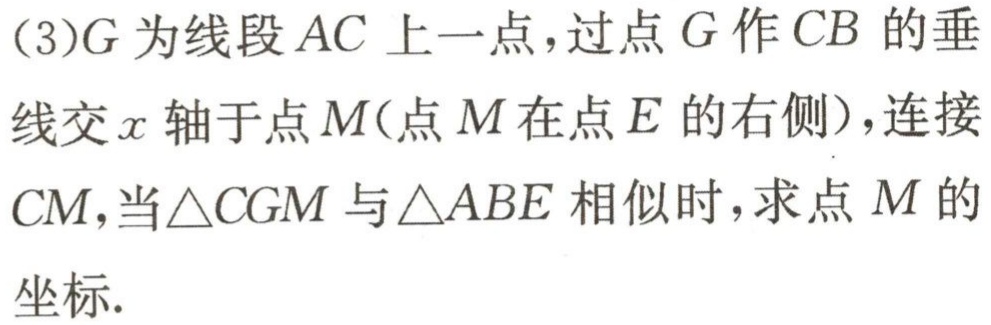
(3)\(G\)为线段\(AC\)上一点，过点\(G\)作\(CB\)的垂线交\(x\)轴于点\(M\)(点\(M\)在点\(E\)的右侧)，连接\(CM\)，当\(\triangle CGM\)与\(\triangle ABE\)相似时，求点\(M\)的坐标.